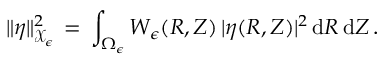
\| \eta \| _ { \mathcal { X } _ { \epsilon } } ^ { 2 } \, = \, \int _ { \Omega _ { \epsilon } } W _ { \epsilon } ( R , Z ) \, | \eta ( R , Z ) | ^ { 2 } \, \mathrm { d } R \, \mathrm { d } Z \, .